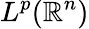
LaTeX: L^{p}(\mathbb{R}^{n})